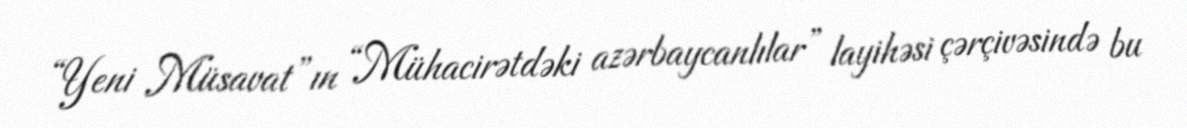
“Yeni Müsavat”ın “Mühacirətdəki azərbaycanlılar” layihəsi çərçivəsində bu